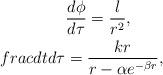
LaTeX: \begin{align*}\frac{d\phi}{d\tau}=\frac{l}{r^2}, \ \ \ \ \ \ \\frac{dt}{d\tau}=\frac{kr}{r-\alpha e^{-\beta r}},\end{align*}